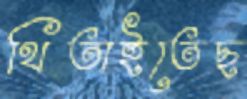
থিতাইতেছ